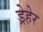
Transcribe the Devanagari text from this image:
ड्रेहेर